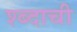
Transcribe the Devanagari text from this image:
श्ब्दाची